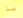
ما